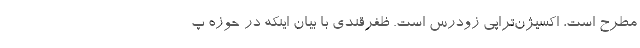
مطرح است، اکسیژن‌تراپی زودرس است. ظفرقندی با بیان اینکه در حوزه پ